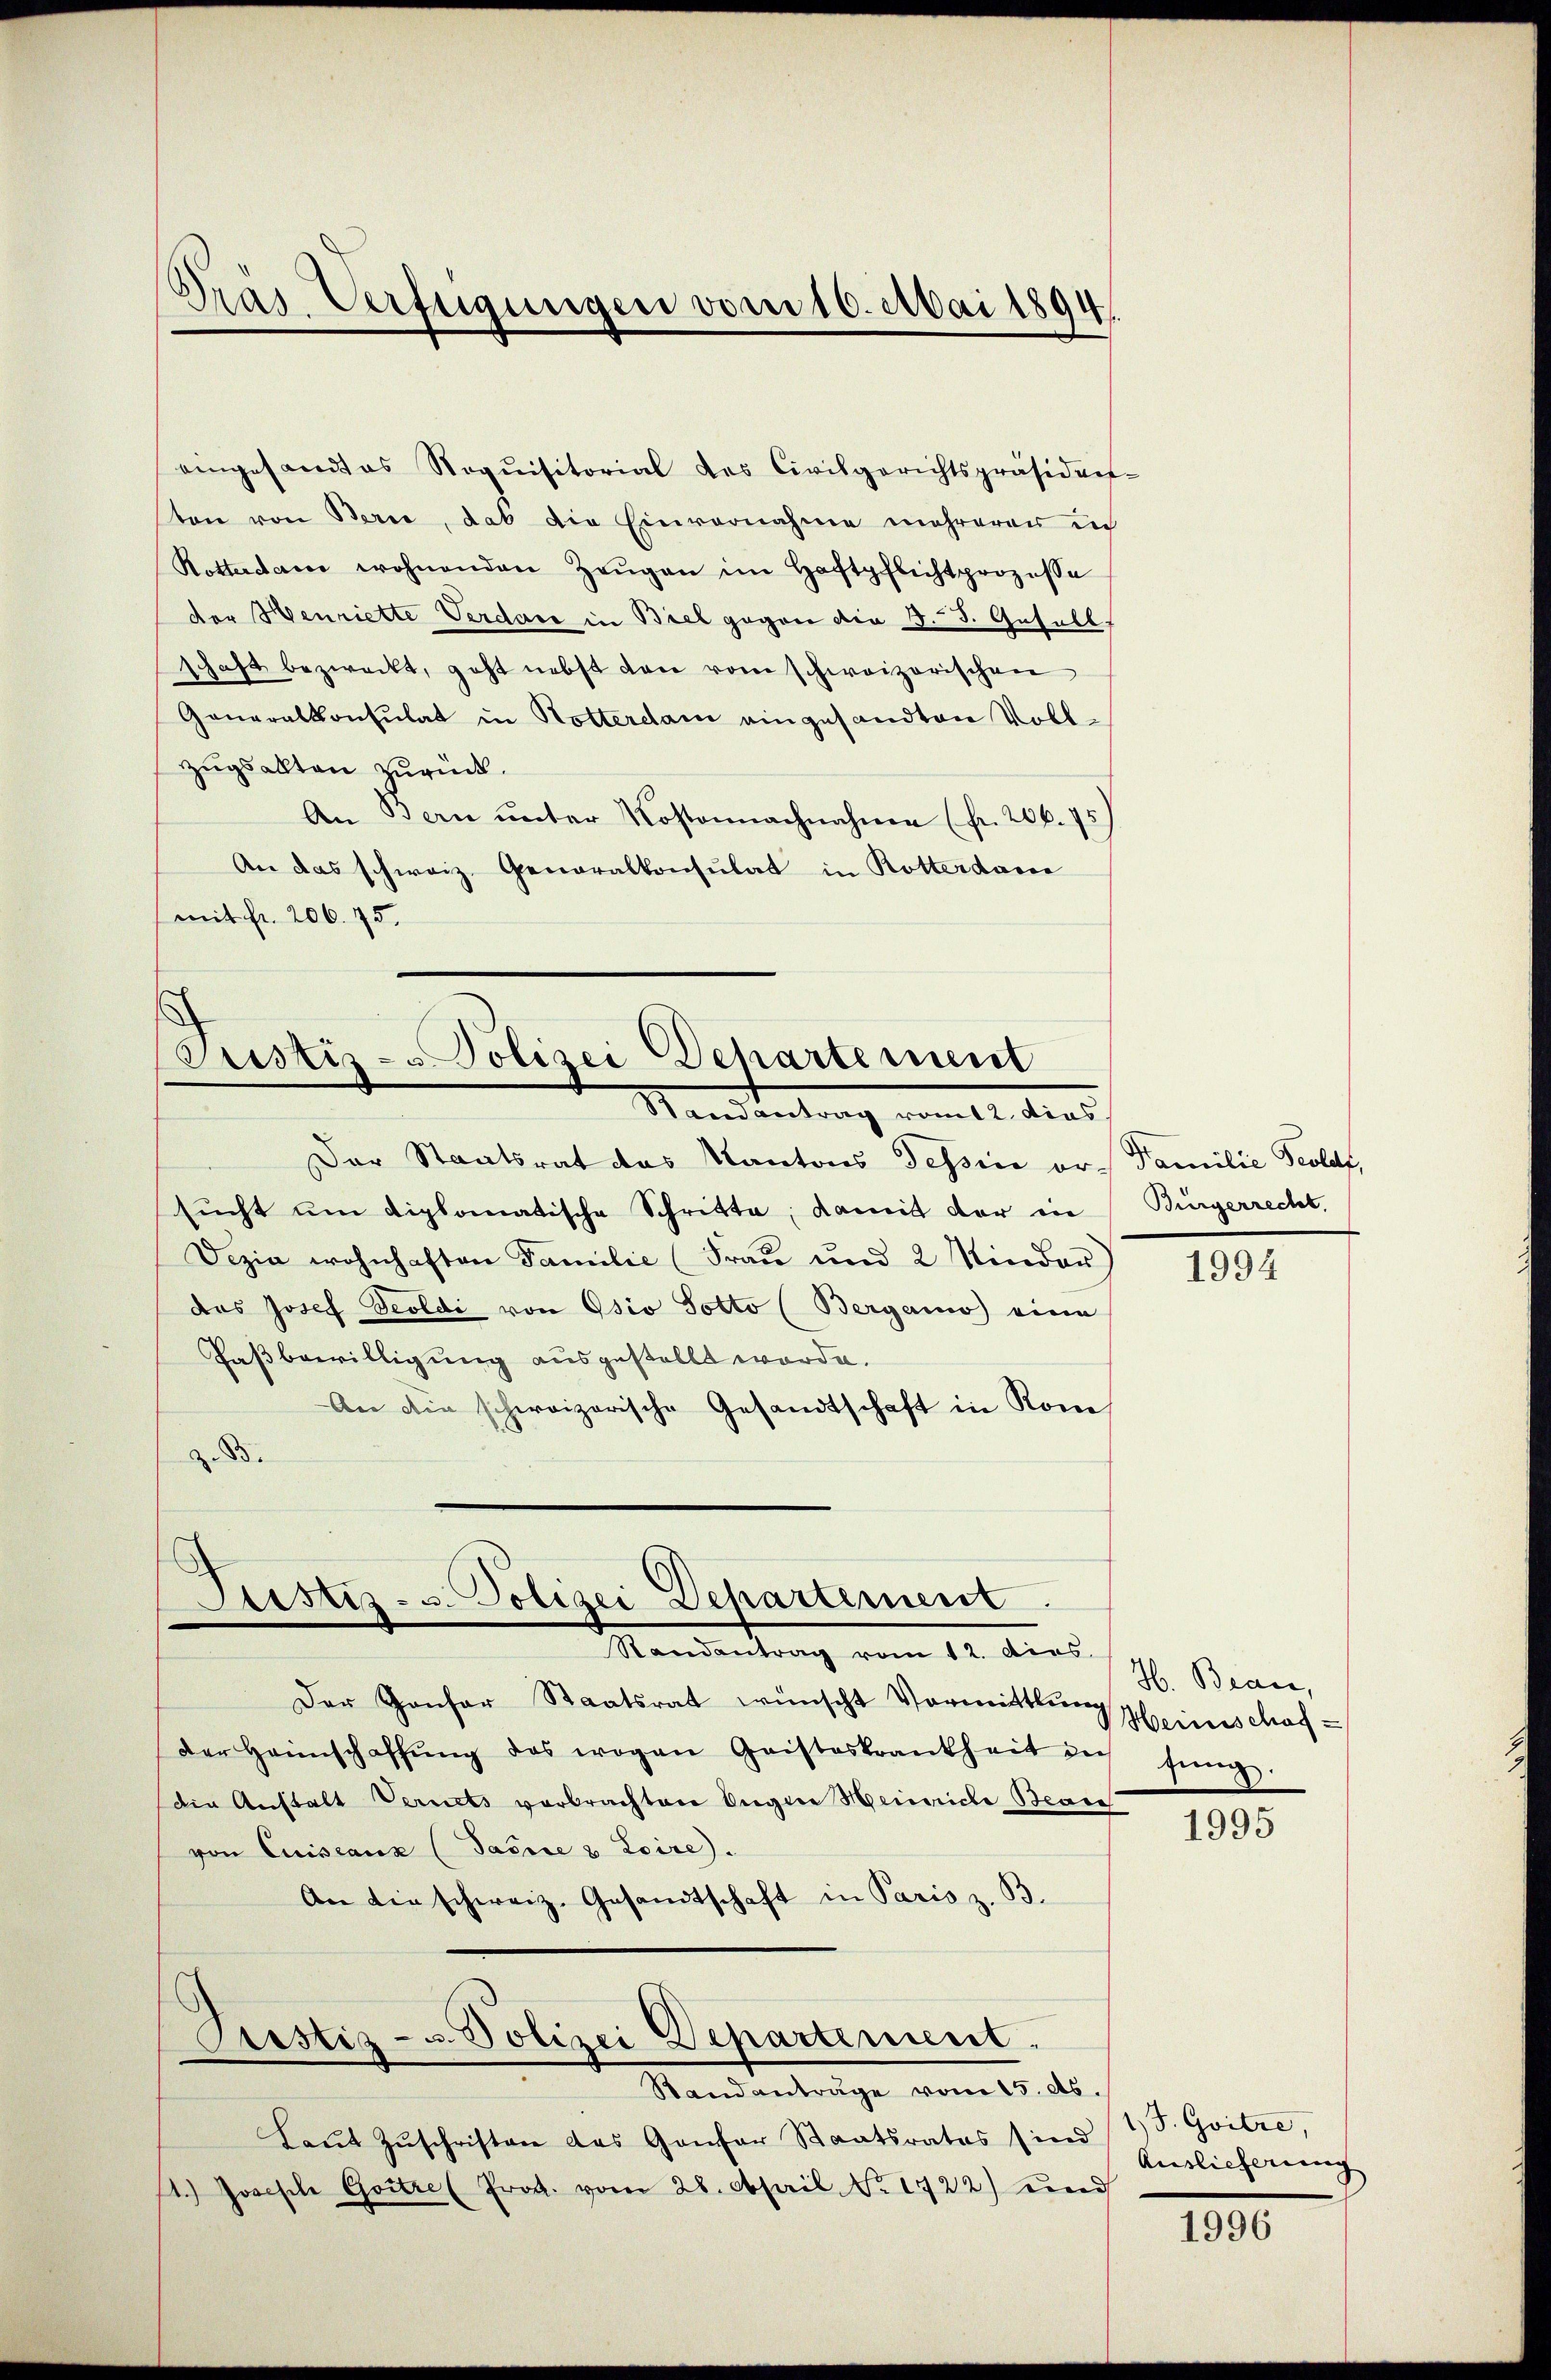
eingesandtes Noquisitorial des Civilgerichtspräsiden-
sten von Berie, das die Einvernahme mehrerer in
Rotterdame wohnenden Zeŭgen im Haftpflichtprozesse
der Henriette Verdar in Biel gegen die §. 3. Gesell
schaft bezweckt, geht nebst den vom schweizerischen
Generalkonsulat in Rotterdam eingesandten Vollzugsalten zurück.
An Bern ŭnter Kostennachnahme (fr. 206. 75)
An das schweiz. Generalkonsulat in Rotterdacce
mit fr. 206. 75.

Pras Verfügungen vom 16. Mai 1894.

Der Staatsrat das Kantons Tessine or- Familie Teolaf,
sucht um diplomatische Schritte, damit der in
Dezia wohnhaften Familie (Frau und 2 Minder)
das Josef Teoldi von Osio sotto (Bergamo eine
Faßbewilligung ausgestellt worde.
An die schweizerische Gesandtschaft in Kom
Z. 85.

3
Justiz- & Polizei Dehartement
Randentrag vom alt, dies

Justiz- u. Polizei Departement
Mandentrag vom 12. dies

Laŭt Zŭschriften das Gantar Staatsrates sind
1.) Joseph Goitre (Prod. vom 28. April. No. 1722) und

Der Genfer Staatsrat wünscht Vormittlung Heinschafder Heimschaffŭng des wegen Geisteskrankheit der jüng
die Anstalt Vernets verbrachten Engere Heinriche Bean
von Quiseaux (Pässe & Loire.
An die schweiz. Gesandtschaft in Paris z. B.

Pustiz- u. Polizei Departement.
Standanträge vom 15. ds.

Bürgerrecht.

1994

H. Bran,

1995

1 J. Goitre,
Auslieferung

1996